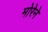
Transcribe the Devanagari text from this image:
मोरेने